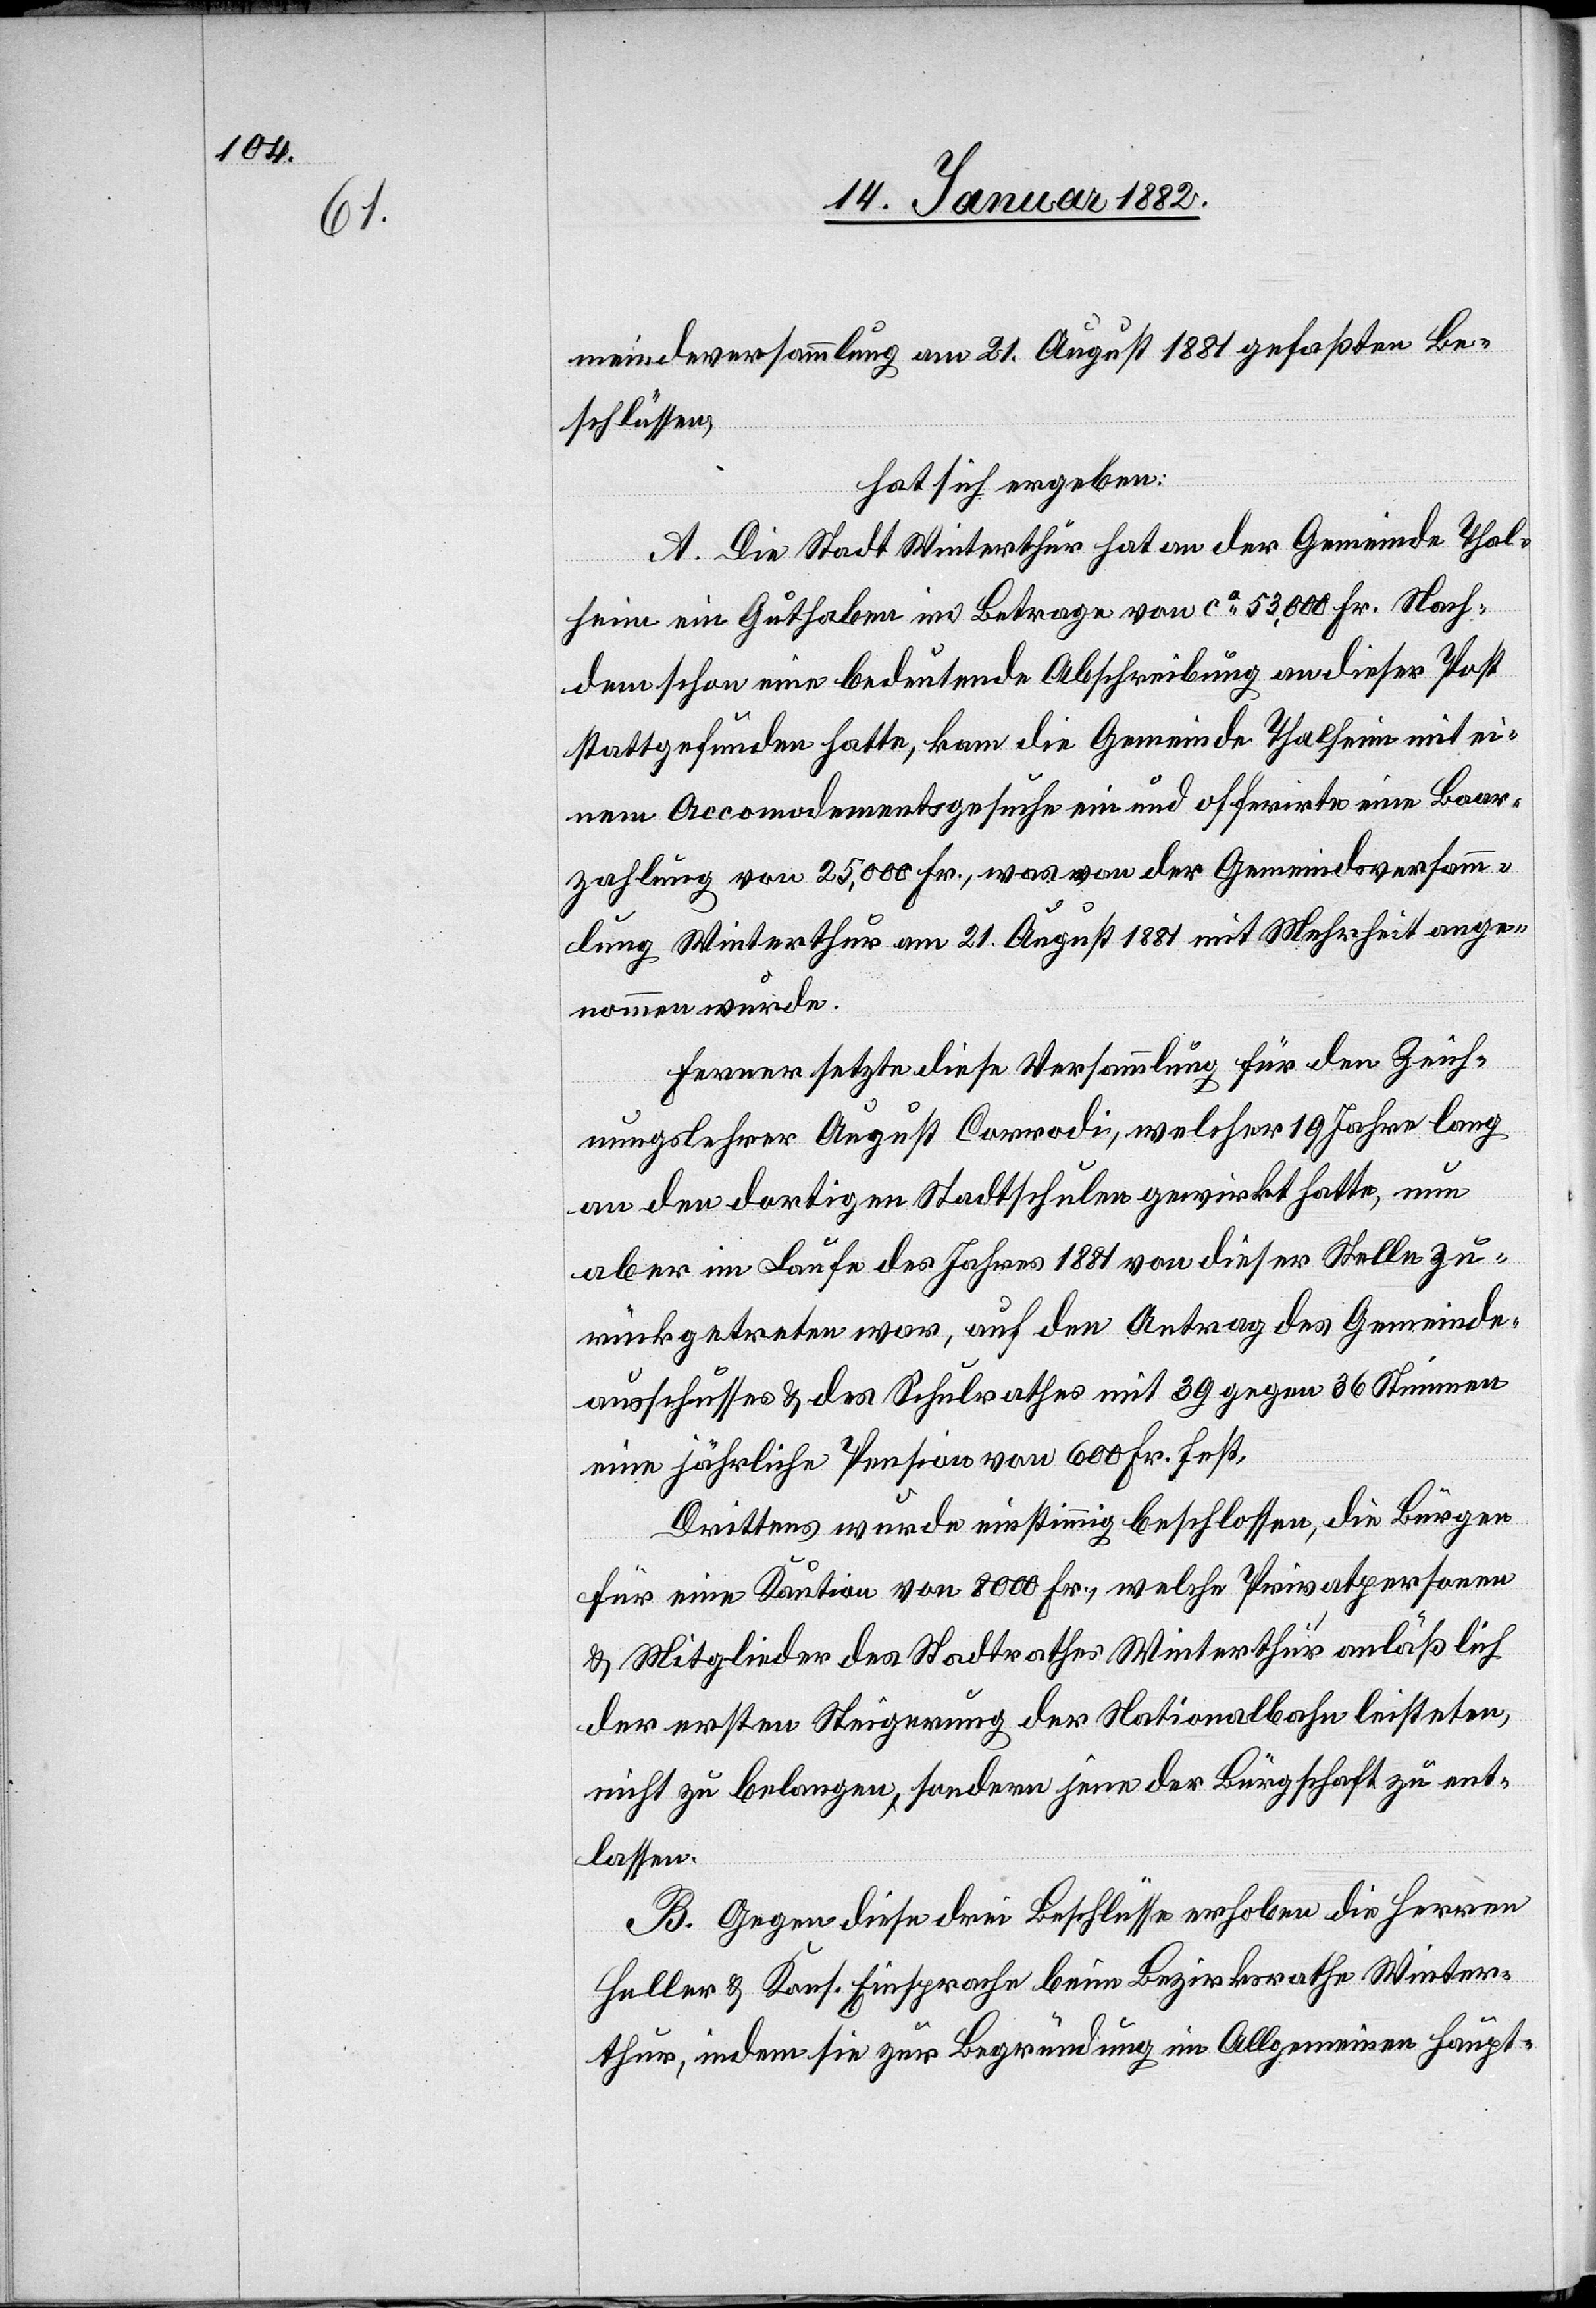
meindeversammlung am 21. August 1881 gefaßten Be¬
schlüssen,
hat sich ergeben:
A. Die Stadt Winterthur hat an der Gemeinde Thal¬
heim ein Guthaben im Betrage von ca 53,000 Fr. Nach¬
dem schon eine bedeutende Abschreibung an dieser Post
stattgefunden hatte, kam die Gemeinde Thalheim mit ei¬
nem Accomodementsgesuche ein und offerierte eine Baar¬
zahlung von 25,000 Fr., was von der Gemeindsversamm¬
lung Winterthur am 21. August 1881 mit Mehrheit ange¬
nommen wurde.
Ferner setzte diese Versammlung für den Zeich¬
nungslehrer August Corrodi, welcher 19 Jahre lang
an den dortigen Stadtschulen gewirkt hatte, nun
aber im Laufe des Jahres 1881 von dieser Stelle zu¬
rückgetreten war, auf den Antrag des Gemeinde¬
ausschusses & des Schulrathes mit 39 gegen 36 Stimmen
eine jährliche Pension von 600 Fr. fest.
Drittens wurde einstimmig beschlossen, die Bürgen
für eine Kaution von 8000 Fr., welche Privatpersonen
& Mitglieder des Stadtrathes Winterthur anläßlich
der ersten Steigerung der Nationalbahn leisteten,
nicht zu belangen, sondern jene der Bürgschaft zu ent¬
lassen.
B. Gegen diese drei Beschlüsse erhoben die Herren
Haller & Kons. Einsprache beim Bezirksrathe Winter¬
thur, indem sie zur Begründung im Allgemeinen haupt-